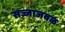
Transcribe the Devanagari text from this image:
सज्जाजवळ